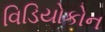
વિડિયોકોન